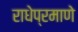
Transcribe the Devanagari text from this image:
राधेप्रमाणे